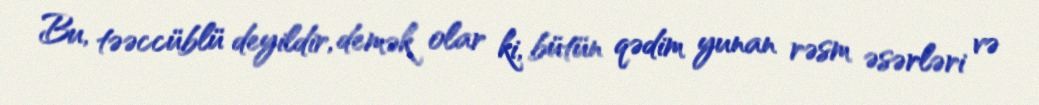
Bu, təəccüblü deyildir, demək olar ki, bütün qədim yunan rəsm əsərləri və